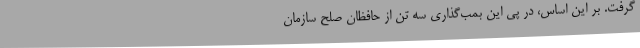
گرفت. بر این اساس، در پی این بمب‌گذاری سه تن از حافظان صلح سازمان